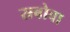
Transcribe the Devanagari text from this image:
स्रबोवा